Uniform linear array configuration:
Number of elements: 12
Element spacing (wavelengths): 0.25
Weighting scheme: binomial
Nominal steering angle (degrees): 60
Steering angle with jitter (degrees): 60.077
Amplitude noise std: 0.05
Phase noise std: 0.05

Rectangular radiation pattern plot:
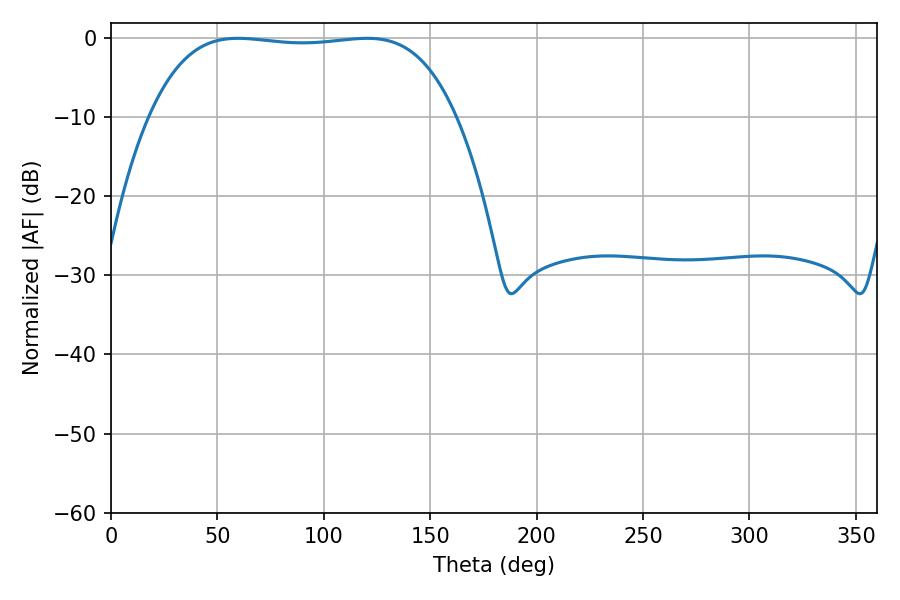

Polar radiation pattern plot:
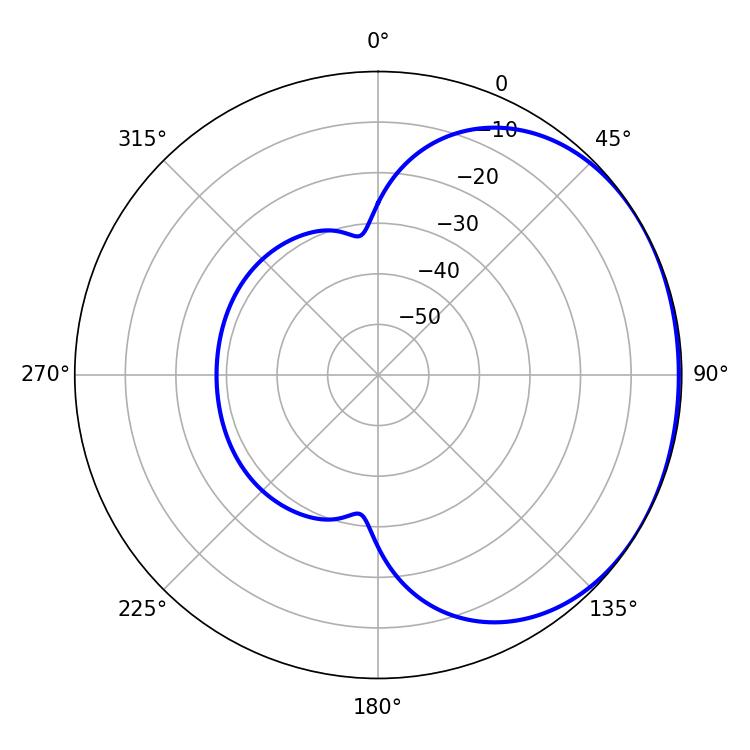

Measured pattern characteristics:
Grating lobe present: FALSE
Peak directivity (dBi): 1.043
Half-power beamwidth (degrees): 113.04
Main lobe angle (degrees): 59.58